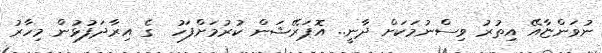
ނުވަންޏާއޭ އިތުރު ވިސްނުމަކަށް ދާނީ.. އޮޕަރޭޝަން ކުރުމަށްފަހު  ގެ އިރާދަފުޅުން މިހާރު